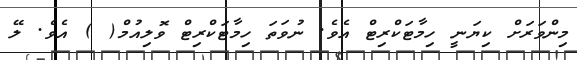
މިންވަރަށް ކިޔަނީ ހިމާޓަކްރިޓް އެވެ. ނުވަތަ ހިމާޓަކްރިޓް ވޮލިއުމް( ) އެވެ. ލޭ